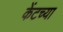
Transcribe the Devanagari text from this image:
केंटच्या